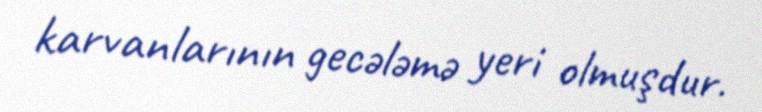
karvanlarının gecələmə yeri olmuşdur.